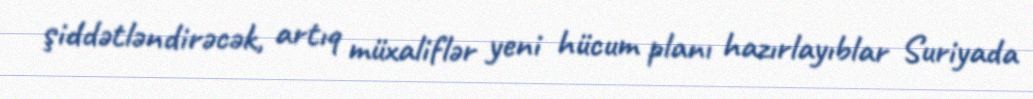
şiddətləndirəcək, artıq müxaliflər yeni hücum planı hazırlayıblar Suriyada